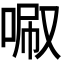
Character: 𠴪